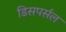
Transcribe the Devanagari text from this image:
डिसपर्सल